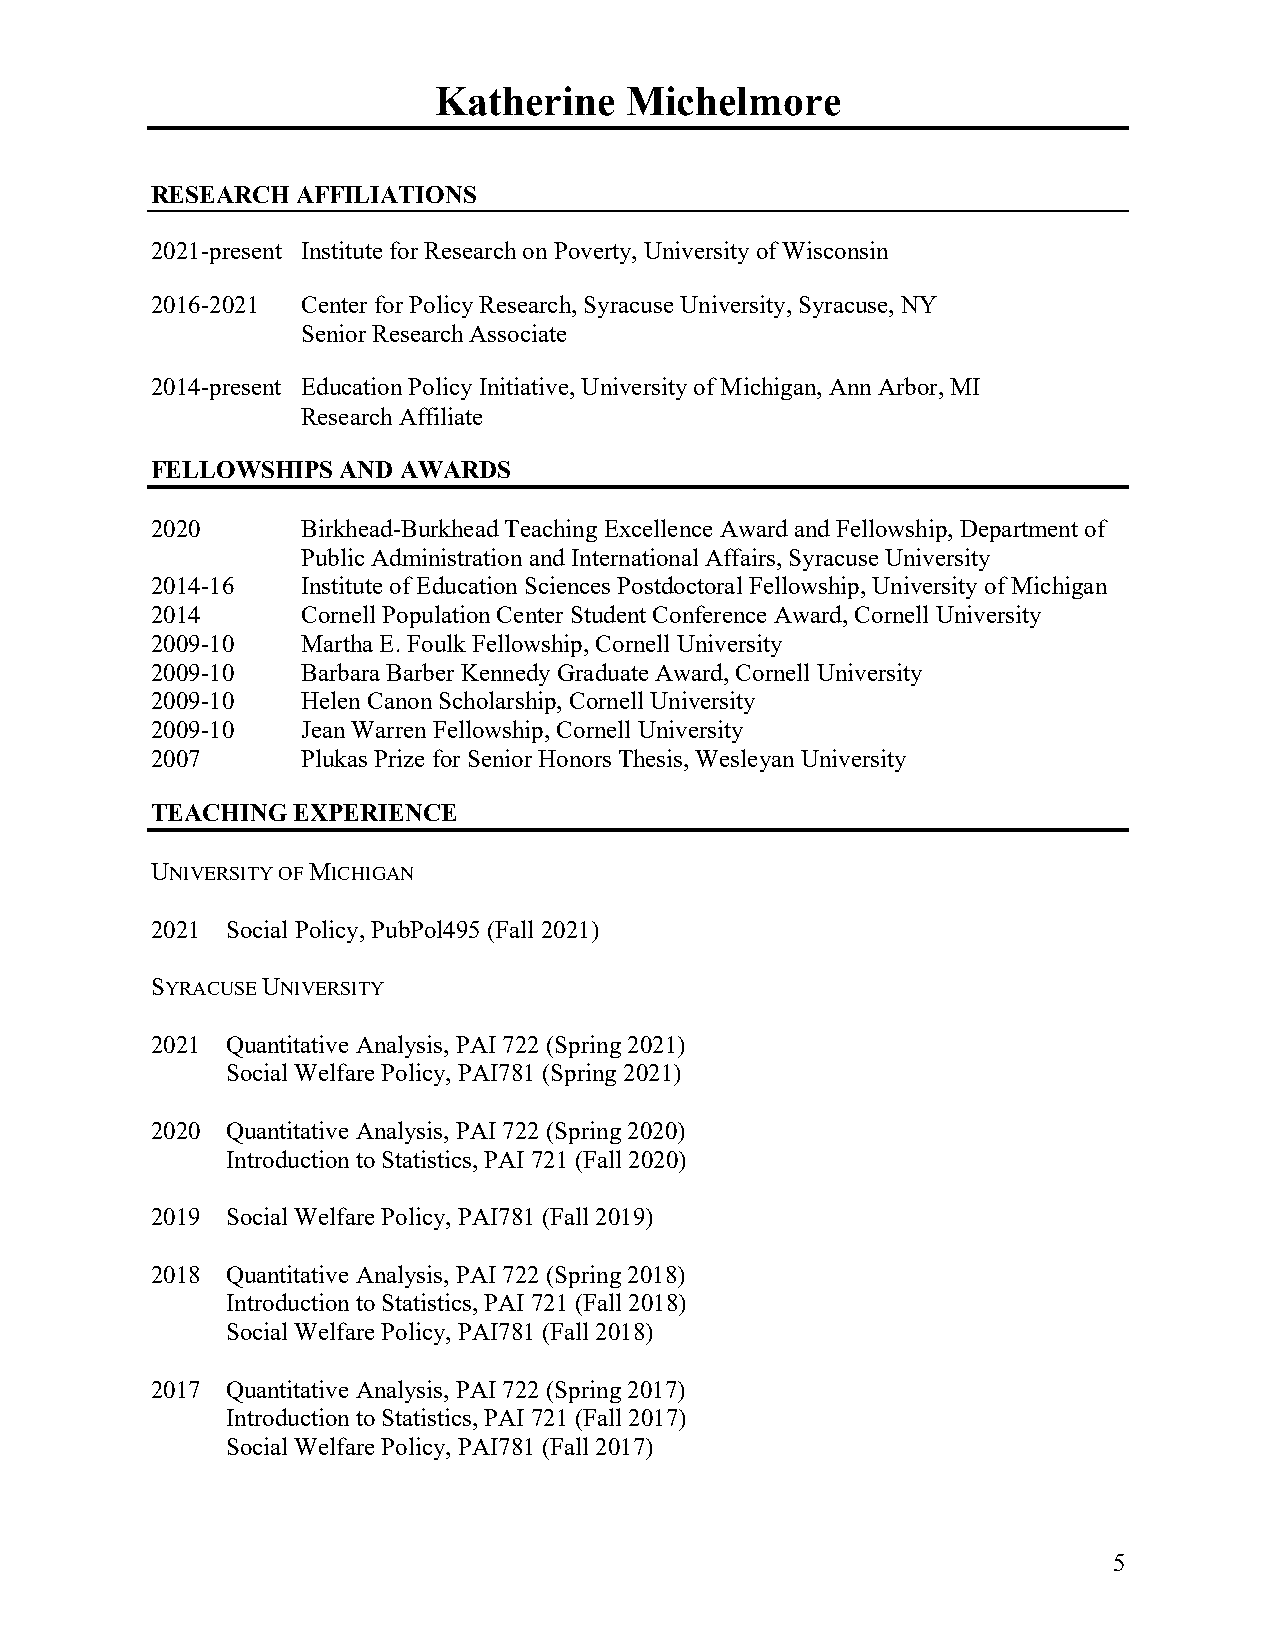
Katherine   Michelmore
 RESEARCH  AFFILIATIONS
 2021-present Institute for Research on Poverty, University of Wisconsin
 2016-2021 Center for Policy Research, Syracuse University, Syracuse, NY
 Senior Research Associate
 2014-present Education Policy Initiative, University of Michigan, Ann Arbor, MI
 Research Affiliate
 FELLOWSHIPS AND AWARDS
 2020      Birkhead-Burkhead Teaching Excellence Award and Fellowship, Department of
 Public Administration and International Affairs, Syracuse University
 2014-16   Institute of Education Sciences Postdoctoral Fellowship, University of Michigan
 2014      Cornell Population Center Student Conference Award, Cornell University
 2009-10   Martha E. Foulk Fellowship, Cornell University
 2009-10   Barbara Barber Kennedy Graduate Award, Cornell University
 2009-10   Helen Canon Scholarship, Cornell University
 2009-10   Jean Warren Fellowship, Cornell University
 2007      Plukas Prize for Senior Honors Thesis, Wesleyan University
 TEACHING EXPERIENCE
 UNIVERSITY OF MICHIGAN
 2021 Social Policy, PubPol495 (Fall 2021)
 SYRACUSE UNIVERSITY
 2021 Quantitative Analysis, PAI 722 (Spring 2021)
 Social Welfare Policy, PAI781 (Spring 2021)
 2020 Quantitative Analysis, PAI 722 (Spring 2020)
 Introduction to Statistics, PAI 721 (Fall 2020)
 2019 Social Welfare Policy, PAI781 (Fall 2019)
 2018 Quantitative Analysis, PAI 722 (Spring 2018)
 Introduction to Statistics, PAI 721 (Fall 2018)
 Social Welfare Policy, PAI781 (Fall 2018)
 2017 Quantitative Analysis, PAI 722 (Spring 2017)
 Introduction to Statistics, PAI 721 (Fall 2017)
 Social Welfare Policy, PAI781 (Fall 2017)
 5